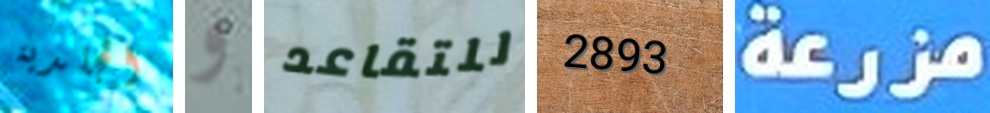
الجلدية و للتقاعد 2893 مزرعة